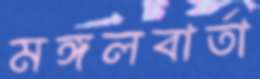
মঙ্গলবার্তা